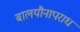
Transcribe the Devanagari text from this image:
बालयौनापराध